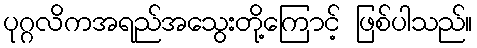
ပုဂ္ဂလိကအရည်အသွေးတို့ကြောင့် ဖြစ်ပါသည်။